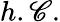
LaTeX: h.\mathscr{C}.